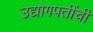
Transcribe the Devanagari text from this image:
उद्योगपतींची